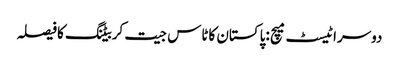
دوسراٹیسٹ میچ :پاکستان کاٹاس جیت کربیٹنگ کافیصلہ